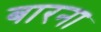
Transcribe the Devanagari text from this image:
बारना